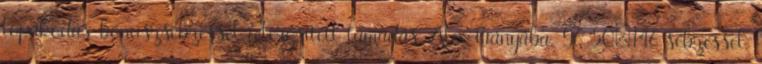
lopakodás bónuszsebzéssel felerősített támadás Alex irányába, 96 50=146 sebzéssel.